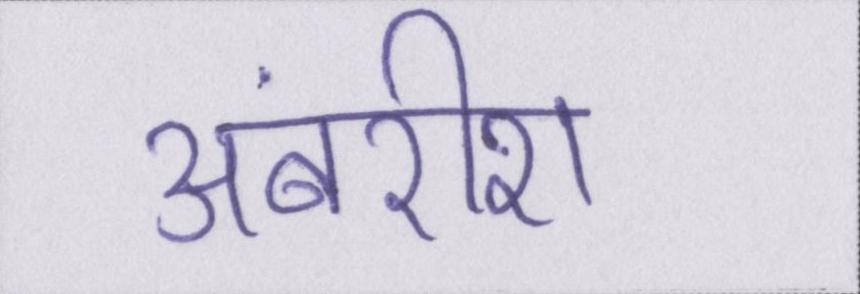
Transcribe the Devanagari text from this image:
अंबरीश